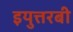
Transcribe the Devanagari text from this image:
इयुत्तरबी